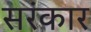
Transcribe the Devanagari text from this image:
सरंकार